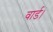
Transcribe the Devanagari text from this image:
वार्ड।